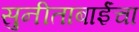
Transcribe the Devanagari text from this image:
सुनीताबाईंचा